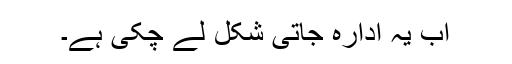
اب یہ ادارہ جاتی شکل لے چکی ہے۔